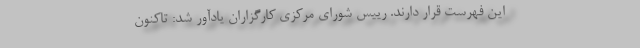
این فهرست قرار دارند. رییس شورای مرکزی کارگزاران یادآور شد: تاکنون